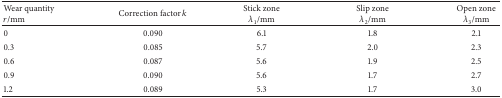
| Wear quantity r/mm | Correction factor k | Stick zone λ1/mm | Slip zone λ2/mm | Open zone λ3/mm |
 | --- | --- | --- | --- | --- |
 | 0 | 0.090 | 6.1 | 1.8 | 2.1 |
 | 0.3 | 0.085 | 5.7 | 2.0 | 2.3 |
 | 0.6 | 0.087 | 5.6 | 1.9 | 2.5 |
 | 0.9 | 0.090 | 5.6 | 1.7 | 2.7 |
 | 1.2 | 0.089 | 5.3 | 1.7 | 3.0 |